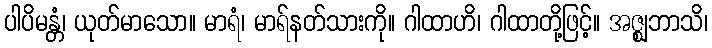
ပါပိမန္တံ၊ ယုတ်မာသော။ မာရံ၊ မာရ်နတ်သားကို။ ဂါထာဟိ၊ ဂါထာတို့ဖြင့်။ အဇ္ဈဘာသိ၊